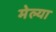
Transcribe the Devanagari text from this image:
मेल्‍या